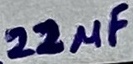
Text: 22µF